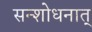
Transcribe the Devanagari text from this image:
सन्शोधनात्